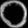
Digit: ၀